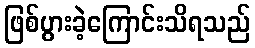
ဖြစ်ပွားခဲ့ကြောင်းသိရသည်